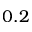
0 . 2